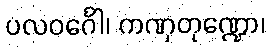
ပလဝင်္ဂေါ၊ ကဏှတုဏ္ဍော၊